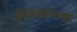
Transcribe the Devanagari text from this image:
प्रोटोकॉलच्या